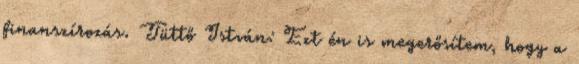
finanszírozás. Tüttő István: Ezt én is megerősítem, hogy a